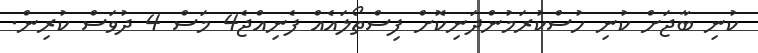
ކުނި ބާޖަށް ކުނި ހުސްކުރަމުންދަނިކޮށް ފިސްތޯލައެއް ފެނިއްޖެ4 މަސް 4 ދުވަސް ކުރިން.